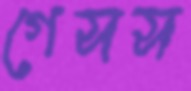
গেসস